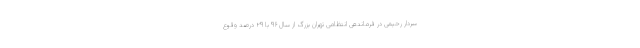
سردار رحیمی در فرماندهی انتظامی تهران بزرگ از سال ۹۶ با ۲۹ درصد وقوع